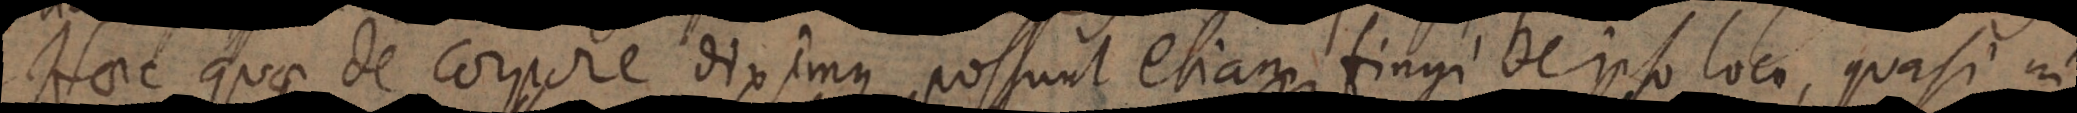
Haec quae de corpore diximus, possunt etiam fingi de ipso loco, quasi in